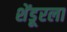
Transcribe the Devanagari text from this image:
शेंडूरला